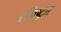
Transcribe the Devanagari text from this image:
रजिष्ट्रार